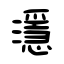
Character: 濦